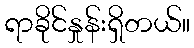
ရာခိုင်နှုန်းရှိတယ်။